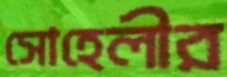
সোহেলীর